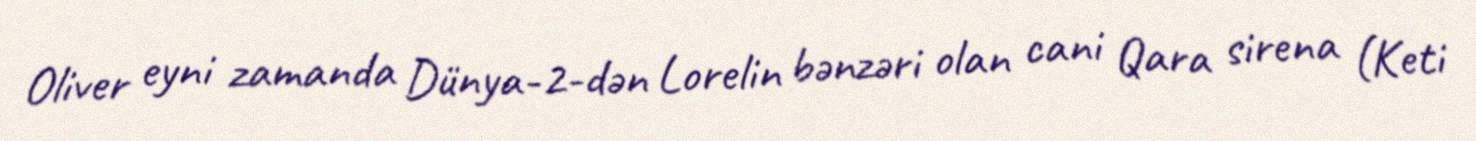
Oliver eyni zamanda Dünya-2-dən Lorelin bənzəri olan cani Qara sirena (Keti